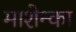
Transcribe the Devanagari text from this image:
माशेन्का